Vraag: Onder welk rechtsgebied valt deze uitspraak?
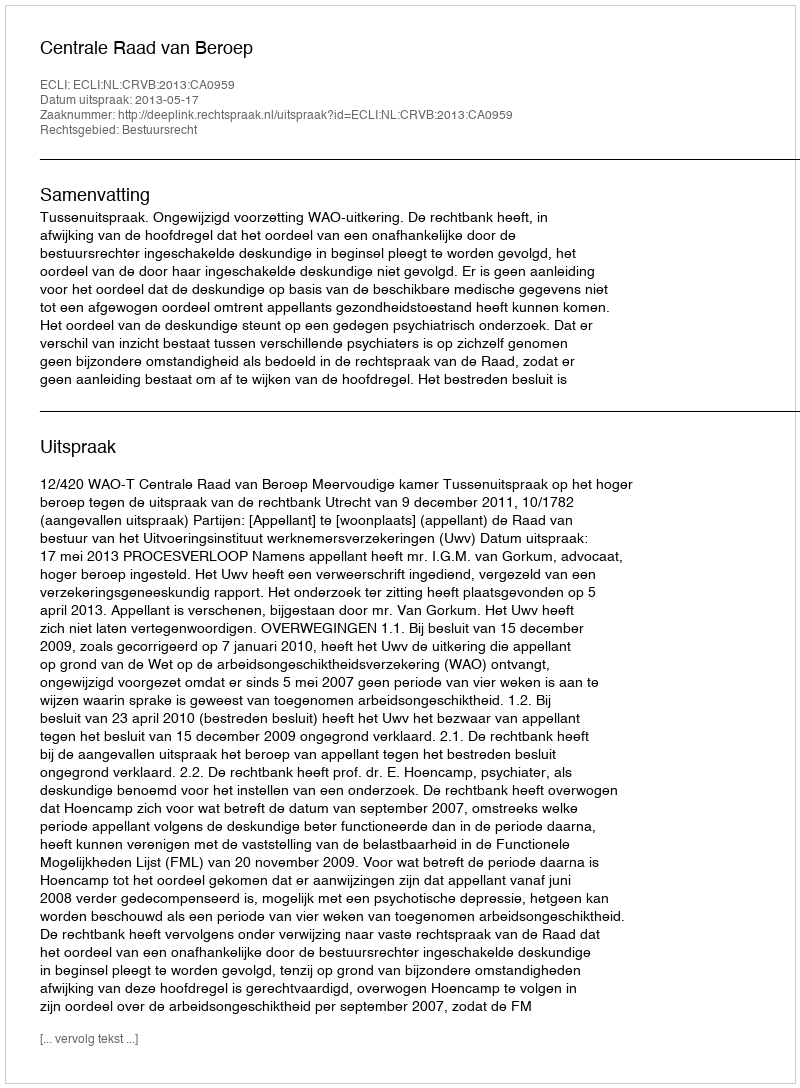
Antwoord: Bestuursrecht